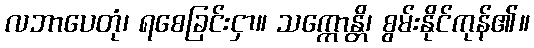
လဘာပေတုံ၊ ရစေခြင်းငှာ။ သက္ကောန္တိ၊ စွမ်းနိုင်ကုန်၏။